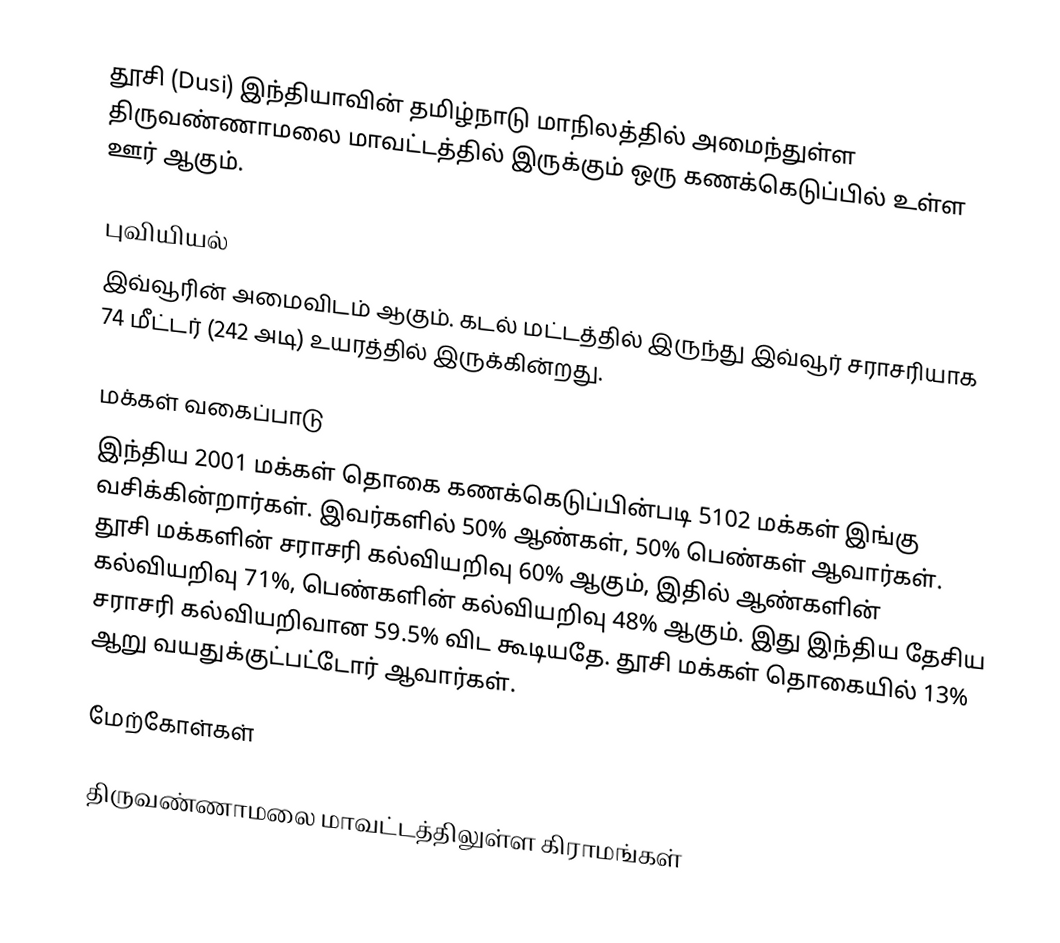
தூசி (Dusi) இந்தியாவின் தமிழ்நாடு மாநிலத்தில் அமைந்துள்ள திருவண்ணாமலை மாவட்டத்தில் இருக்கும் ஒரு கணக்கெடுப்பில் உள்ள ஊர் ஆகும்.

புவியியல்
இவ்வூரின் அமைவிடம்  ஆகும். கடல் மட்டத்தில் இருந்து இவ்வூர் சராசரியாக 74 மீட்டர் (242 அடி) உயரத்தில் இருக்கின்றது.

மக்கள் வகைப்பாடு
இந்திய 2001 மக்கள் தொகை கணக்கெடுப்பின்படி 5102 மக்கள் இங்கு வசிக்கின்றார்கள். இவர்களில் 50% ஆண்கள், 50% பெண்கள் ஆவார்கள். தூசி மக்களின் சராசரி கல்வியறிவு 60% ஆகும், இதில் ஆண்களின் கல்வியறிவு 71%, பெண்களின் கல்வியறிவு 48% ஆகும். இது இந்திய தேசிய சராசரி கல்வியறிவான 59.5% விட கூடியதே. தூசி மக்கள் தொகையில் 13%  ஆறு வயதுக்குட்பட்டோர் ஆவார்கள்.

மேற்கோள்கள்

திருவண்ணாமலை மாவட்டத்திலுள்ள கிராமங்கள்